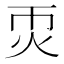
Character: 𤆱